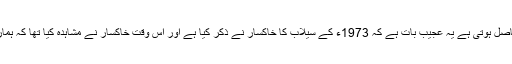
اس کی رضا اور اس کی خوشنودی اسے حاصل ہوتی ہے یہ عجیب بات ہے کہ 1973ء کے سیلاب کا خاکسار نے ذکر کیا ہے اور اس وقت خاکسار نے مشاہدہ کیا تھا کہ ہمارے ملک کے سارے باشندوں نے توبہ کی۔